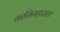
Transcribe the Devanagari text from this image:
नरसिम्हाराव